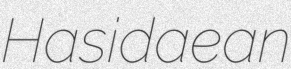
Hasidaean